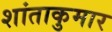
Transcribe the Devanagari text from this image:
शांताकुमार